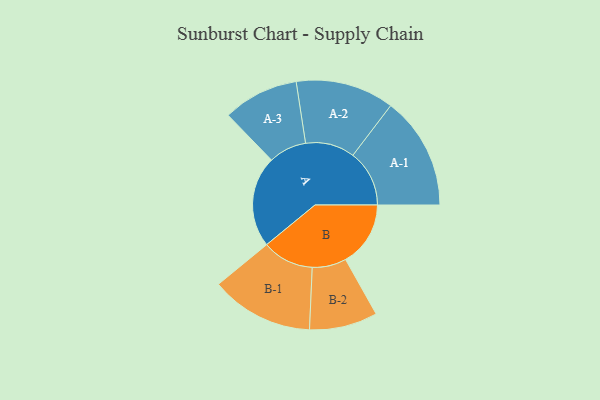
{"axis": {"x": "Segment", "y": "Value"}, "legend": ["", "A", "B"], "data": [{"x": "A", "y": 482, "type": ""}, {"x": "B", "y": 343, "type": ""}, {"x": "A-1", "y": 298, "type": "A"}, {"x": "A-2", "y": 260, "type": "A"}, {"x": "A-3", "y": 200, "type": "A"}, {"x": "B-1", "y": 272, "type": "B"}, {"x": "B-2", "y": 180, "type": "B"}]}